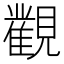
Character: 𰴔